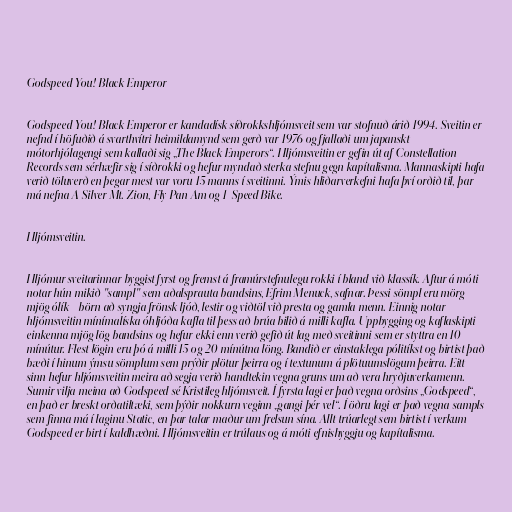
Godspeed You! Black Emperor

Godspeed You! Black Emperor er kandadísk síðrokkshljómsveit sem var stofnuð árið 1994. Sveitin er
nefnd í höfuðið á svarthvítri heimildamynd sem gerð var 1976 og fjallaði um japanskt
mótorhjólagengi sem kallaði sig „The Black Emperors“. Hljómsveitin er gefin út af Constellation
Records sem sérhæfir sig í síðrokki og hefur myndað sterka stefnu gegn kapítalisma. Mannaskipti hafa
verið töluverð en þegar mest var voru 15 manns í sveitinni. Ýmis hliðarverkefni hafa því orðið til, þar
má nefna A Silver Mt. Zion, Fly Pan Am og 1-Speed Bike.

Hljómsveitin.

Hljómur sveitarinnar byggist fyrst og fremst á framúrstefnulegu rokki í bland við klassík. Aftur á móti
notar hún mikið "sampl" sem aðalsprauta bandsins, Efrim Menuck, safnar. Þessi sömpl eru mörg
mjög ólík - börn að syngja frönsk ljóð, lestir og viðtöl við presta og gamla menn. Einnig notar
hljómsveitin mínímalíska óhljóða kafla til þess að brúa bilið á milli kafla. Uppbygging og kaflaskipti
einkenna mjög lög bandsins og hefur ekki enn verið gefið út lag með sveitinni sem er styttra en 10
mínútur. Flest lögin eru þó á milli 15 og 20 mínútna löng. Bandið er einstaklega pólitíkst og birtist það
bæði í hinum ýmsu sömplum sem prýðir plötur þeirra og í textunum á plötuumslögum þeirra. Eitt
sinn hefur hljómsveitin meira að segja verið handtekin vegna gruns um að vera hryðjuverkamenn.
Sumir vilja meina að Godspeed sé Kristileg hljómsveit. Í fyrsta lagi er það vegna orðsins „Godspeed“,
en það er breskt orðatiltæki, sem þýðir nokkurn veginn „gangi þér vel“. Í öðru lagi er það vegna sampls
sem finna má í laginu Static, en þar talar maður um frelsun sína. Allt trúarlegt sem birtist í verkum
Godspeed er birt í kaldhæðni. Hljómsveitin er trúlaus og á móti efnishyggju og kapítalisma.